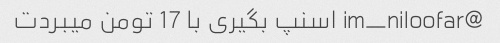
@im_niloofar اسنپ بگیری با 17 تومن میبردت